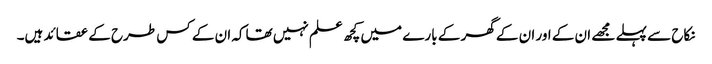
نکاح سے پہلے مجھے ان کے اور ان کے گھر کے بارے میں کچھ علم نہیں تھاکہ ان کے کس طرح کے عقائد ہیں۔